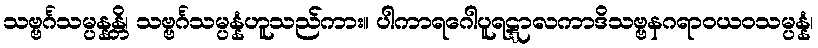
သဗ္ဗင်္ဂသမ္ပန္နန္တိ၊ သဗ္ဗင်္ဂသမ္ပန္နံဟူသည်ကား။ ပါကာရဂေါပူရဋ္ဋာလကာဒိသဗ္ဗနဂရာဝယဝသမ္ပန္နံ၊